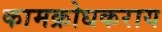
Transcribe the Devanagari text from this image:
कामक्रोधकराय